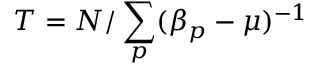
T = N / \sum _ { p } ( \beta _ { p } - \mu ) ^ { - 1 }